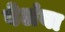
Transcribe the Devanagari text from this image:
बेलंबा